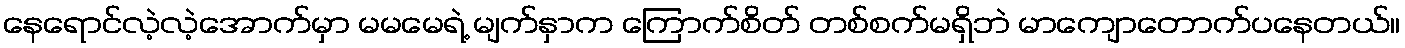
နေရောင်လဲ့လဲ့အောက်မှာ မမမေရဲ့ မျက်နှာက ကြောက်စိတ် တစ်စက်မရှိဘဲ မာကျောတောက်ပနေတယ်။